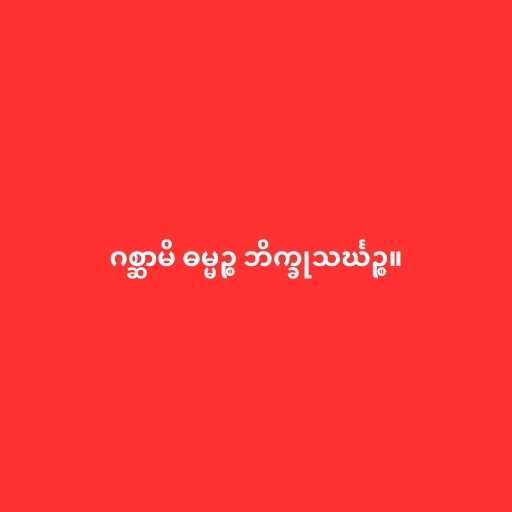
ဂစ္ဆာမိ ဓမ္မဉ္စ ဘိက္ခုသင်္ဃဉ္စ။